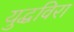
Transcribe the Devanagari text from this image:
युद्धविरा